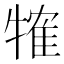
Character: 㹊